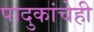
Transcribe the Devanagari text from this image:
पादुकांचेही